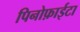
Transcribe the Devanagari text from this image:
पिनोफ़ाईटा